Report of the Indian Hemp Drugs Commission, 1894-1895 - Volume V
Year: 1894
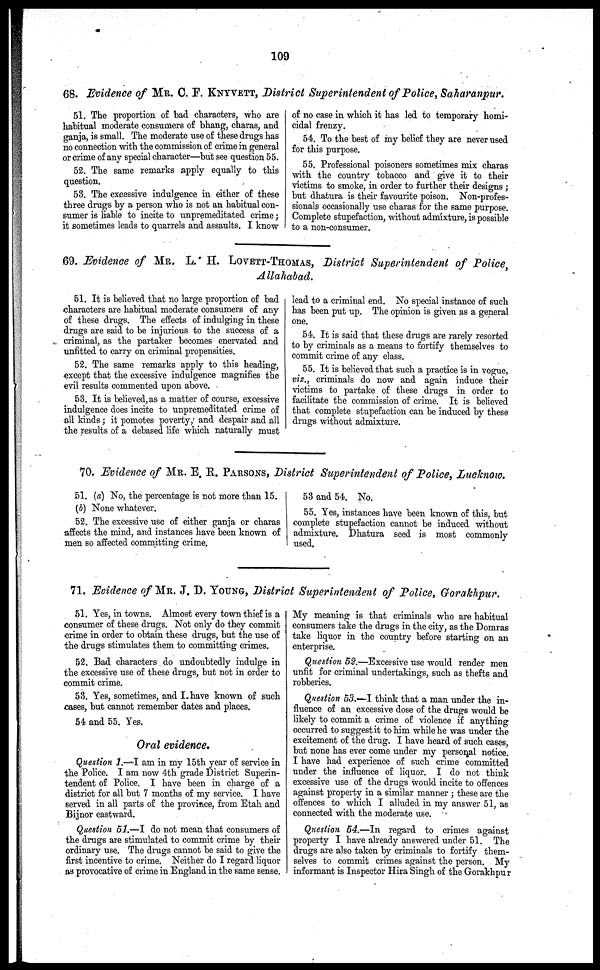
109
68. Evidence of MR. C. P. KNYVETT , District Superintendent of Police, Saharanpur.
51. The proportion of bad characters, who are
habitual moderate consumers of bhang, charas, and
ganja, is small. The moderate use of these drugs has
no connection with the commission of crime in general
or crime of any special character—but see question 55.
52. The same remarks apply equally to this
question.
53. The excessive indulgence in either of these
three drugs by a person who is not an habitual con-
sumer is liable to incite to unpremeditated crime;
it sometimes leads to quarrels and assaults. I know
of no case in which it has led to temporary homi-
cidal frenzy.
54. To the best of my belief they are never used
for this purpose.
55. Professional poisoners sometimes mix charas
with the country tobacco and give it to their
victims to smoke, in order to further their designs ;
but dhatura is their favourite poison. Non-profes-
sionals occasionally use charas for the same purpose.
Complete stupefaction, without admixture, is possible
to a non-consumer.
69. Evidence of MR. L. H. LOVETT -THOMAS , District Superintendent of Police,
Allahabad.
51. It is believed that no large proportion of bad
characters are habitual moderate consumers of any
of these drugs. The effects of indulging in these
drugs are said to be injurious to the success of a
criminal, as the partaker becomes enervated and
unfitted to carry on criminal propensities.
52. The same remarks apply to this heading,
except that the excessive indulgence magnifies the
evil results commented upon above.
53. It is believed, as a matter of course, excessive
indulgence does incite to unpremeditated crime of
all kinds; it pomotes poverty, and despair and all
the results of a debased life which naturally must
lead to a criminal end. No special instance of such
has been put up. The opinion is given as a general
one.
54. It is said that these drugs are rarely resorted
to by criminals as a means to fortify themselves to
commit crime of any class.
55. It is believed that such a practice is in vogue,
viz., criminals do now and again induce their
victims to partake of these drugs in order to
facilitate the commission of crime. It is believed
that complete stupefaction can be induced by these
drugs without admixture.
70. Evidence of MR. E. R. PARSONS, District Superintendent of Police, Lucknow.
51. (a) No, the percentage is not more than 15.
(b) None whatever.
52. The excessive use of either ganja or charas
affects the mind, and instances have been known of
men so affected committing crime.
53 and 54. No.
55. Yes, instances have been known of this, but
complete stupefaction cannot be induced without
admixture. Dhatura seed is most commonly
used.
71. Evidence of MR. J. D. YOUNG, District Superintendent of Police, Gorakhpur.
51. Yes, in towns. Almost every town thief is a
consumer of these drags. Not only do they commit
crime in order to obtain these drugs, but the use of
the drugs stimulates them to committing crimes.
52. Bad characters do undoubtedly indulge in
the excessive use of these drugs, but not in order to
commit crime.
53. Yes, sometimes, and I have known of such
cases, but cannot remember dates and places.
54 and 55. Yes.
Oral evidence.
Question 1.—I am in my 15th year of service in
the Police. I am now 4th grade District Superin-
tendent of Police. I have been in charge of a
district for all but 7 months of my service. I have
served in all parts of the province, from Etah and
Bijnor eastward.
Question 51.—I do not mean that consumers of
the drugs are stimulated to commit crime by their
ordinary use. The drugs cannot be said to give the
first incentive to crime. Neither do I regard liquor
as provocative of crime in England in the same sense.
My meaning is that criminals who are habitual
consumers take the drugs in the city, as the Domras
take liquor in the country before starting on an
enterprise.
Question 52.—Excessive use would render men
unfit for criminal undertakings, such as thefts and
robberies.
Question 53.—I think that a man under the in-
fluence of an excessive dose of the drugs would be
likely to commit a crime of violence if anything
occurred to suggest it to him while he was under the
excitement of the drug. I have heard of such cases,
but none has ever come under my personal notice.
I have had experience of such crime committed
under the influence of liquor. I do not think
excessive use of the drugs would incite to offences
against property in a similar manner; these are the
offences to which I alluded in my answer 51, as
connected with the moderate use.
Question 54.—In regard to crimes against
property I have already answered under 51. The
drugs are also taken by criminals to fortify them-
selves to commit crimes against the person. My
informant is Inspector Hira Singh of the Gorakhpur